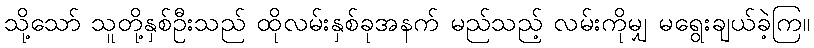
သို့သော် သူတို့နှစ်ဦးသည် ထိုလမ်းနှစ်ခုအနက် မည်သည့် လမ်းကိုမျှ မရွေးချယ်ခဲ့ကြ။